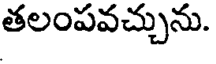
తలంపవచ్చును.